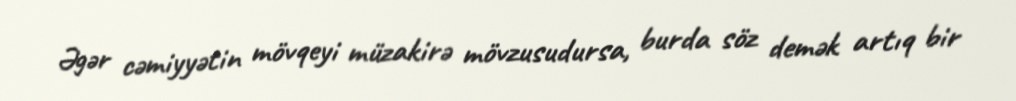
Əgər cəmiyyətin mövqeyi müzakirə mövzusudursa, burda söz demək artıq bir